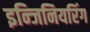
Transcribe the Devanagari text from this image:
इन्जिनियरिंग